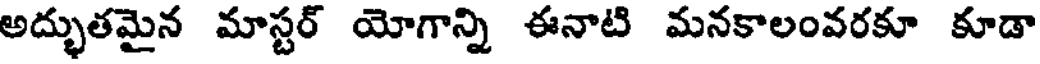
అద్భుతమైన మాస్టర్ యోగాన్ని ఈనాటి మనకాలంవరకూ కూడా